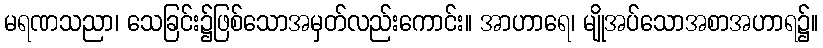
မရဏသညာ၊ သေခြင်း၌ဖြစ်သောအမှတ်လည်းကောင်း။ အာဟာရေ၊ မျိုအပ်သောအစာအဟာရ၌။